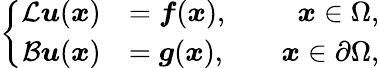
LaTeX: \left\{ \begin{array}{rlr}{\mathcal{L}\boldsymbol{u}(\boldsymbol{x})}&{=\boldsymbol{f}(\boldsymbol{x}),}&{\quad\boldsymbol{x}\in\Omega,}\\ {\mathcal{B}\boldsymbol{u}(\boldsymbol{x})}&{=\boldsymbol{g}(\boldsymbol{x}),}&{\quad\boldsymbol{x}\in\partial\Omega,}\end{array}\right.